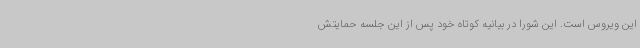
این ویروس است. این شورا در بیانیه کوتاه خود پس از این جلسه حمایتش